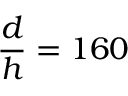
\frac { d } { h } = 1 6 0